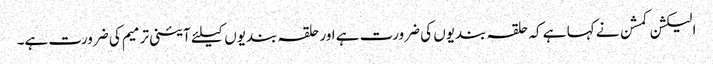
الیکشن کمشن نے کہا ہے کہ حلقہ بندیوں کی ضرورت ہے اور حلقہ بندیوں کیلئے آئینی ترمیم کی ضرورت ہے۔